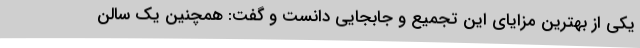
یکی از بهترین مزایای این تجمیع و جابجایی دانست و گفت: همچنین یک سالن